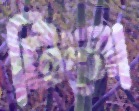
টিনো